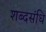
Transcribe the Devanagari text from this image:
शब्दसंधि